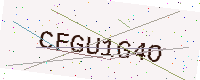
Text: CFGU1G4O